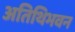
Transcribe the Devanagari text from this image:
अतिथिभवन